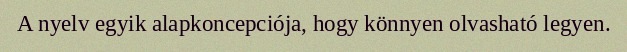
A nyelv egyik alapkoncepciója, hogy könnyen olvasható legyen.